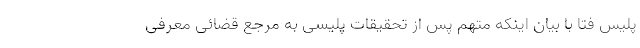
پلیس فتا با بیان اینکه متهم پس از تحقیقات پلیسی به مرجع قضائی معرفی